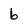
Character: 6